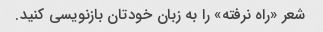
شعر «راه نرفته» را به زبان خودتان بازنویسی کنید.